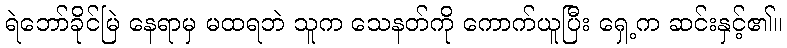
ရဲဘော်ခိုင်မြဲ နေရာမှ မထရဘဲ သူက သေနတ်ကို ကောက်ယူပြီး ရှေ့က ဆင်းနှင့်၏။